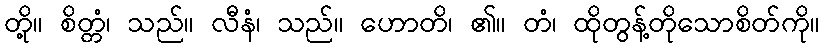
တို့။ စိတ္တံ၊ သည်။ လီနံ၊ သည်။ ဟောတိ၊ ၏။ တံ၊ ထိုတွန့်တိုသောစိတ်ကို။